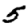
Digit: 5